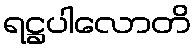
ရဋ္ဌပါလောတိ